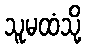
သူမထံသို့